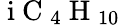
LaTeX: \mathrm{~i~C~}_{4}\mathrm{~H~}_{10}